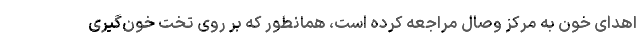
اهدای خون به مرکز وصال مراجعه کرده است، همانطور که بر روی تخت خون‌گیری